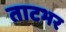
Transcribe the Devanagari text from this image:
ताटभर